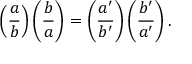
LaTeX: \left( { \frac { a } { b } } \right) \left( { \frac { b } { a } } \right) = \left( { \frac { a ^ { \prime } } { b ^ { \prime } } } \right) \left( { \frac { b ^ { \prime } } { a ^ { \prime } } } \right) .